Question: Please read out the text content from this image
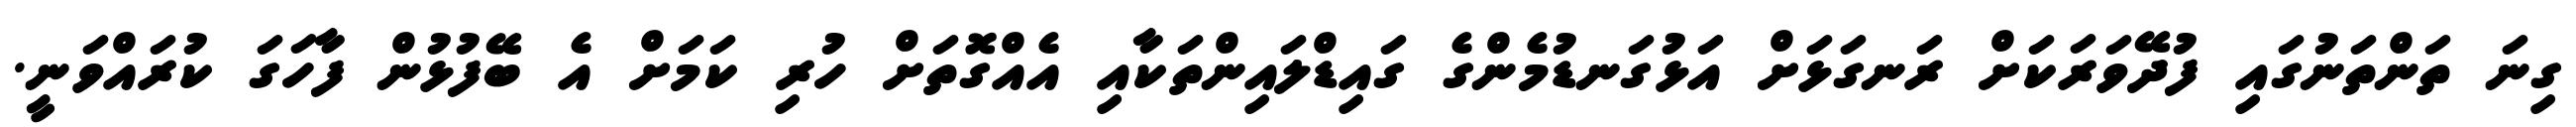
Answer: ގިނަ ތަންތަނުގައި ފުދޭވަރަކަށް ރަނގަޅަށް އަޅުގަނޑުމެންގެ ގައިޑްލައިންތަކާއި އެއްގޮތަށް ހުރި ކަމަށް އެ ބޭފުޅުން ފާހަގަ ކުރައްވަނީ.